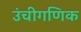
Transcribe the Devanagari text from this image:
उंचीगणिक